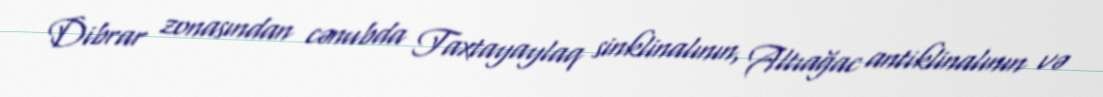
Dibrar zonasından cənubda Taxtayaylaq sinklinalının, Altıağac antiklinalının və